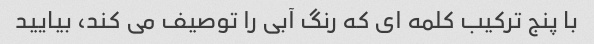
با پنج ترکیب کلمه ای که رنگ آبی را توصیف می کند، بیایید